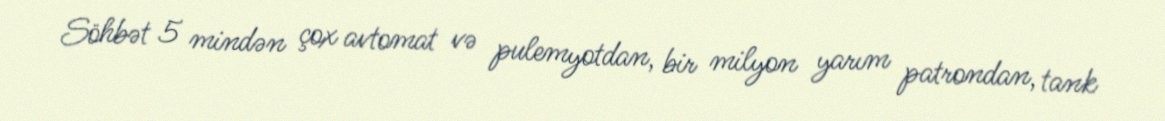
Söhbət 5 mindən çox avtomat və pulemyotdan, bir milyon yarım patrondan, tank